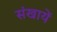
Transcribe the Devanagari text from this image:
संखायें